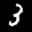
Label: 3